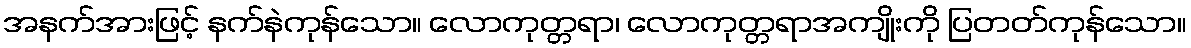
အနက်အားဖြင့် နက်နဲကုန်သော။ လောကုတ္တရာ၊ လောကုတ္တရာအကျိုးကို ပြတတ်ကုန်သော။